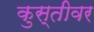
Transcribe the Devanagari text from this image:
कुस्तीवर